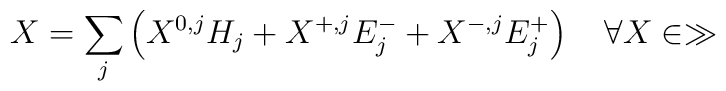
X=\sum_j\left(X^{0,j}H_j+ X^{+,j}E^-_j + X^{-,j}E^+_j\right)\quad \forall X\in\gg